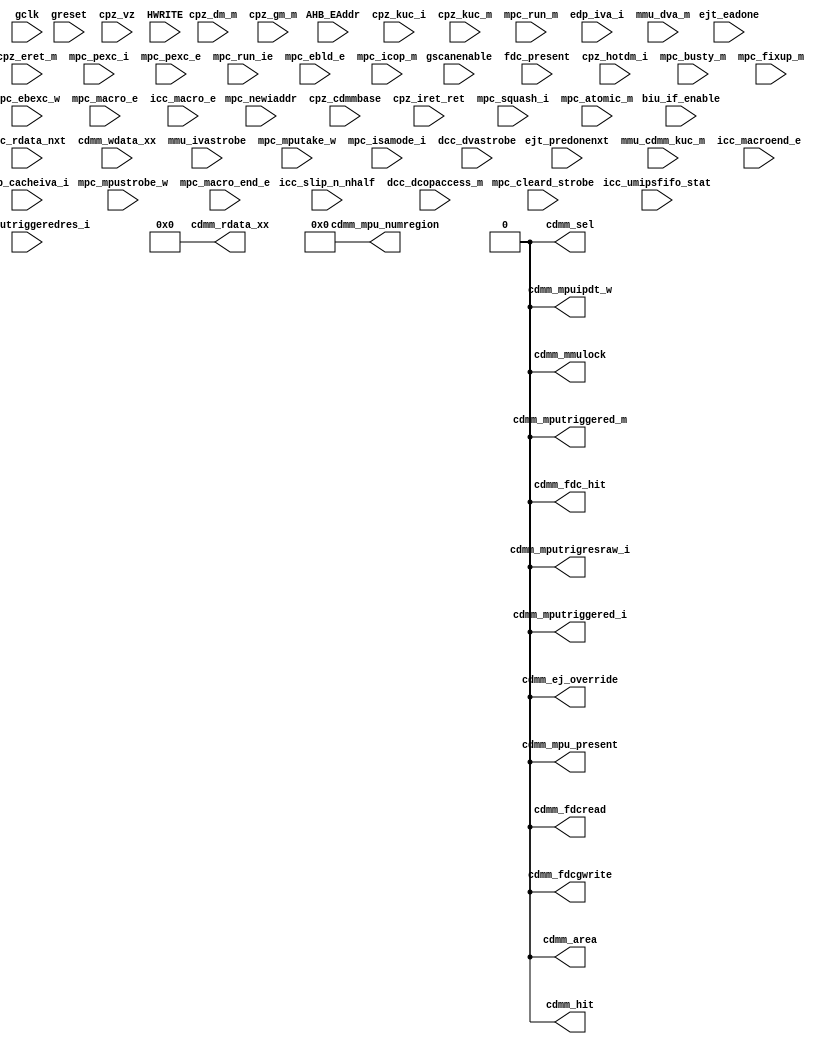
module m14k_cdmmstub(
	gclk,
	greset,
	gscanenable,
	cpz_vz,
	AHB_EAddr,
	HWRITE,
	biu_if_enable,
	ejt_predonenxt,
	ejt_eadone,
	fdc_present,
	fdc_rdata_nxt,
	cdmm_wdata_xx,
	mmu_cdmm_kuc_m,
	mmu_ivastrobe,
	mpc_newiaddr,
	cpz_cdmmbase,
	cpz_hotdm_i,
	cpz_dm_m,
	cpz_kuc_i,
	cpz_kuc_m,
	cpz_iret_ret,
	cpz_eret_m,
	mpc_squash_i,
	mpc_pexc_i,
	mpc_pexc_e,
	mpc_atomic_m,
	mpc_busty_m,
	mpc_mpustrobe_w,
	mpc_mputake_w,
	mpc_cleard_strobe,
	mpc_run_ie,
	mpc_run_m,
	mpc_fixup_m,
	mpc_ebld_e,
	mpc_ebexc_w,
	mpc_isamode_i,
	mpc_mputriggeredres_i,
	mpc_macro_e,
	mpc_macro_end_e,
	icc_macroend_e,
	icc_macro_e,
	icc_slip_n_nhalf,
	icc_umipsfifo_stat,
	dcc_dvastrobe,
	mpc_icop_m,
	dcc_dcopaccess_m,
	edp_cacheiva_i,
	edp_iva_i,
	mmu_dva_m,
	cpz_gm_m,
	cdmm_area,
	cdmm_hit,
	cdmm_sel,
	cdmm_fdc_hit,
	cdmm_fdcread,
	cdmm_fdcgwrite,
	cdmm_mpu_present,
	cdmm_mmulock,
	cdmm_mpu_numregion,
	cdmm_mputriggered_i,
	cdmm_mputriggered_m,
	cdmm_mpuipdt_w,
	cdmm_ej_override,
	cdmm_mputrigresraw_i,
	cdmm_rdata_xx);

/*hookios*/
	input	gclk;
	input	greset;
	input	gscanenable;
	input   cpz_vz;

	input [31:2]	AHB_EAddr;
	input	HWRITE;
	input	biu_if_enable;
	input	ejt_predonenxt;
	input	ejt_eadone;

	input	fdc_present;
	input  [31:0]	fdc_rdata_nxt; //fdc read data
	input [31:0]	cdmm_wdata_xx;
	
	input	mmu_cdmm_kuc_m;
	input	mmu_ivastrobe;
	input	mpc_newiaddr;
	input [31:15]	cpz_cdmmbase;
	input	cpz_hotdm_i;
	input	cpz_dm_m;
	input	cpz_kuc_i;
	input	cpz_kuc_m;
	input	cpz_iret_ret;		//active iret for writing registers
	input	cpz_eret_m;		//active eret for writing registers (m stage)
	input	mpc_squash_i;
	input	mpc_pexc_i;
	input	mpc_pexc_e;
	input	mpc_atomic_m;
	input [2:0]	mpc_busty_m;
	input	mpc_mpustrobe_w;
	input	mpc_mputake_w;
	input	mpc_cleard_strobe;
	input	mpc_run_ie;
	input	mpc_run_m;
	input	mpc_fixup_m;
	input	mpc_ebld_e;	// ebase write in e stage
	input	mpc_ebexc_w;	    // core taking ebase exception
	input	mpc_isamode_i;
	input	mpc_mputriggeredres_i;
	input	mpc_macro_e;
	input	mpc_macro_end_e;
	input	icc_macroend_e;
	input	icc_macro_e;
	input	icc_slip_n_nhalf;
	input [3:0]	icc_umipsfifo_stat;
	input	dcc_dvastrobe;
	input	mpc_icop_m;
	input	dcc_dcopaccess_m;
	input [31:0]	edp_cacheiva_i;
	input [31:0]	edp_iva_i;
	input [31:0]	mmu_dva_m;
	input	cpz_gm_m;

	output	cdmm_area;
	output	cdmm_hit;
	output	cdmm_sel;
	output	cdmm_fdc_hit;
	output 	cdmm_fdcread;
	output	cdmm_fdcgwrite;
	output	cdmm_mpu_present;
	output	cdmm_mmulock;
	output [3:0] cdmm_mpu_numregion;
	output	cdmm_mputriggered_i;
	output	cdmm_mputriggered_m;
	output	cdmm_mpuipdt_w;
	output	cdmm_ej_override;
	output	cdmm_mputrigresraw_i;
	output [31:0]	cdmm_rdata_xx; // CDMM read data

// BEGIN Wire declarations made by MVP
wire cdmm_sel;
wire cdmm_fdcread;
wire cdmm_mputriggered_i;
wire cdmm_fdcgwrite;
wire cdmm_mputriggered_m;
wire cdmm_mpu_present;
wire cdmm_fdc_hit;
wire cdmm_area;
wire cdmm_mmulock;
wire [3:0] /*[3:0]*/ cdmm_mpu_numregion;
wire cdmm_ej_override;
wire cdmm_mpuipdt_w;
wire [31:0] /*[31:0]*/ cdmm_rdata_xx;
wire cdmm_mputrigresraw_i;
wire cdmm_hit;
// END Wire declarations made by MVP


	assign cdmm_area = 1'b0;
	assign cdmm_hit = 1'b0;
	assign cdmm_sel = 1'b0;
	assign cdmm_fdc_hit = 1'b0;
	assign cdmm_fdcread = 1'b0;
	assign cdmm_fdcgwrite = 1'b0;
	assign cdmm_mpu_present = 1'b0;
	assign cdmm_mmulock = 1'b0;
	assign cdmm_mpu_numregion[3:0] = 4'h0;
	assign cdmm_mputriggered_i = 1'b0;
	assign cdmm_mputriggered_m = 1'b0;
	assign cdmm_mpuipdt_w = 1'b0;
	assign cdmm_ej_override = 1'b0;
	assign cdmm_mputrigresraw_i = 1'b0;
	assign cdmm_rdata_xx [31:0] = 32'h0; // CDMM read data


endmodule